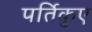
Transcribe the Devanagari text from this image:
पर्तिकुए